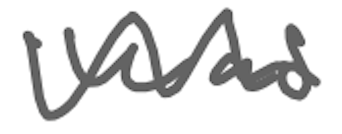
Text: was
Cross-out: wave
Writing tool: digital_gray